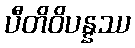
ပီတိဝိပန္နဿ